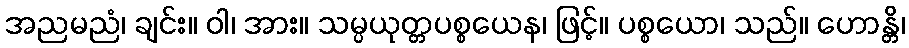
အညမညံ၊ ချင်း။ ဝါ၊ အား။ သမ္ပယုတ္တပစ္စယေန၊ ဖြင့်။ ပစ္စယော၊ သည်။ ဟောန္တိ၊